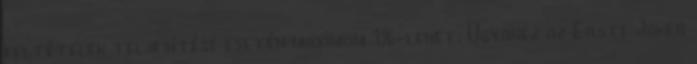
feltételek teljesítése esetén maximum 1%-lehet. Ugyanez az Erste Joker